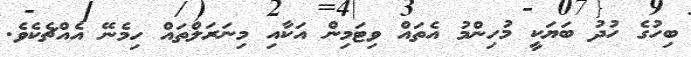
ބިހުގެ ހުދު ބަޔަކީ މުހިންމު އެތައް ވިޓަމިން އަކާއި މިނަރަލްތައް ހިމެނޭ އެއްޗެކެވެ.